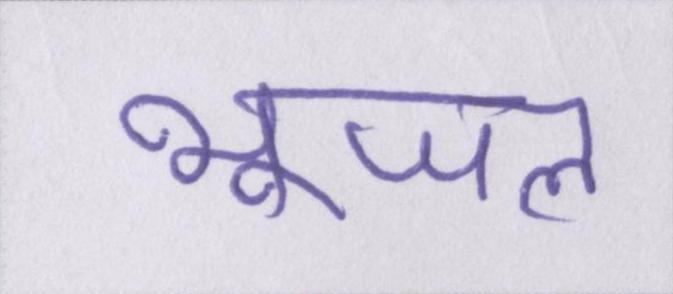
भूजल